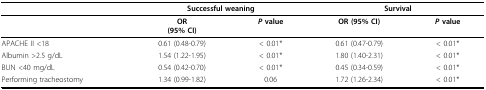
<table><thead><tr><td></td><td colspan="2"><b>Successful weaning</b></td><td colspan="2"><b>Survival</b></td></tr></thead><tbody><tr><td></td><td><b>OR (95% CI)</b></td><td><b><i>P </i>value</b></td><td><b>OR (95% CI)</b></td><td><b><i>P </i>value</b></td></tr><tr><td>APACHE II &lt;18</td><td>0.61 (0.48-0.79)</td><td>&lt; 0.01*</td><td>0.61 (0.47-0.79)</td><td>&lt; 0.01*</td></tr><tr><td>Albumin &gt;2.5 g/dL</td><td>1.54 (1.22-1.95)</td><td>&lt; 0.01*</td><td>1.80 (1.40-2.31)</td><td>&lt; 0.01*</td></tr><tr><td>BUN &lt;40 mg/dL</td><td>0.54 (0.42-0.70)</td><td>&lt; 0.01*</td><td>0.45 (0.34-0.59)</td><td>&lt; 0.01*</td></tr><tr><td>Performing tracheostomy</td><td>1.34 (0.99-1.82)</td><td>0.06</td><td>1.72 (1.26-2.34)</td><td>&lt; 0.01*</td></tr></tbody></table>